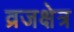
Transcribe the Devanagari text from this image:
व्रजक्षेत्र